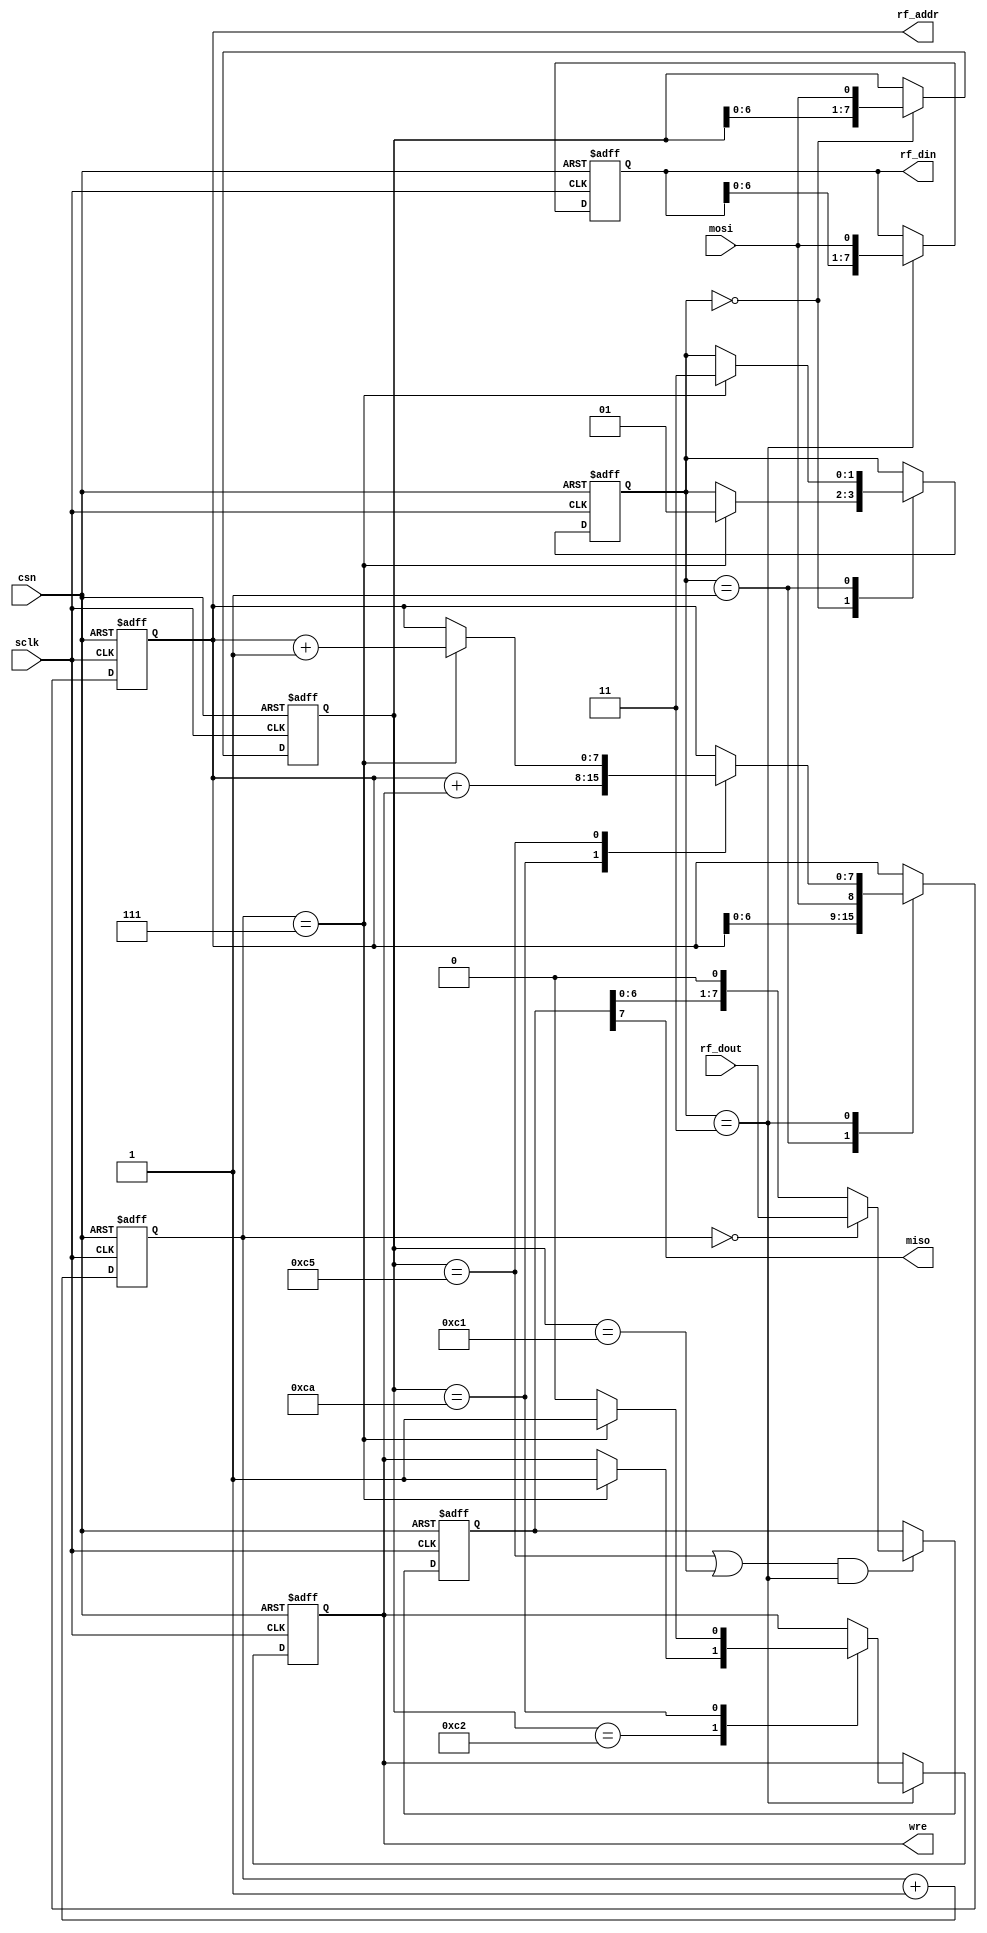
module spi_if (/*AUTOARG*/
   // Outputs
   miso, rf_addr, rf_din, wre,
   // Inputs
   csn, sclk, mosi, rf_dout
   ) ;
   
   input csn;
   input sclk;
   input mosi;
   input [7:0] rf_dout;   
   output miso;
   output [7:0] rf_addr;
   output [7:0] rf_din;
   output 	wre;
   
   parameter read_cmd    = 8'hc1;
   parameter read_burst  = 8'hc5;   
   parameter write_cmd   = 8'hc2;
   parameter write_burst = 8'hca;

   parameter cmd_st   = 2'b00;
   parameter addr_st  = 2'b01;
   parameter data_st  = 2'b11;   
   
   reg [7:0] 	mosi_reg;
   reg [7:0] 	addr_reg;
   reg [7:0] 	data_reg;   
   reg 		wre;
   reg [2:0] 	bit_count;
   reg [1:0] 	state;
   reg [7:0] 	miso_reg;
   

   assign miso = miso_reg[7];
   assign rf_din = data_reg;
   assign rf_addr = addr_reg;
   
   
   always @(posedge sclk or posedge csn) begin
      if (csn == 1'b1) begin
	 mosi_reg   <= 8'b0;
	 data_reg   <= 8'b0;
	 addr_reg   <= 8'b0;
	 state      <= cmd_st;	
	 bit_count  <= 3'd0; 
	 wre        <= 1'b0;	 
      end
      else begin
	 
	 bit_count <= bit_count + 1'b1;
	 
	 case (state) 
	   cmd_st: begin
	      if (bit_count==7) begin
		 state <= addr_st;
	      end
	      mosi_reg <= {mosi_reg[6:0], mosi};	      
	   end
	   addr_st: begin
	      if (bit_count==7) begin
		 state <= data_st;	 
	      end
	      addr_reg <= {addr_reg[6:0], mosi};	      
	   end
	   data_st: begin
	      data_reg <= {data_reg[6:0], mosi};
	      case (mosi_reg)
		write_cmd: begin
		   if (bit_count==7) begin
		      wre <= 1'b1;
		   end
		end		

		write_burst: begin
		   if (bit_count==7) begin
		      wre <= 1'b1;
		   end
		   else begin
		      wre <= 1'b0;		      
		   end
		   addr_reg <= addr_reg + wre;		   
		end

		read_burst: begin
		   if (bit_count==7) begin
		      addr_reg <= addr_reg + 1'b1;		      
		   end	   
		end
	      endcase // case (mosi_reg)	      
	   end // case: data_st	   
	 endcase // case (state)	 
      end         
   end
   
   always @(negedge sclk or posedge csn) begin
      if (csn==1'b1) begin
	 miso_reg <= 8'b0;	 
      end
      else begin
	 if ((mosi_reg==read_burst || mosi_reg == read_cmd) && state==data_st) begin
	    if (bit_count==0) begin
	       miso_reg <= rf_dout;
	    end
	    else begin
	       miso_reg <= {miso_reg[6:0], 1'b0};	       
	    end
	 end
      end
   end

   
endmodule